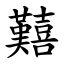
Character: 囏